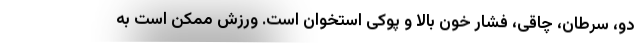
دو، سرطان، چاقی، فشار خون بالا و پوکی استخوان است. ورزش ممکن است به